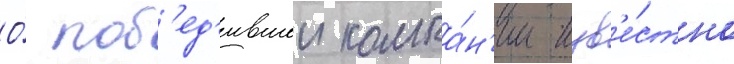
О́ поб'ед'ившеи компа́н'ии изв'е́стно